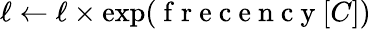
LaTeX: {\ell\gets\ell}\times\exp(\mathrm{~f~r~e~c~e~n~c~y~}[C])